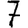
Digit: 7